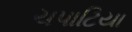
ચપાટિયા